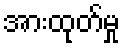
အားထုတ်မှု